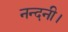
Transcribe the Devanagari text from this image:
नन्दनी।